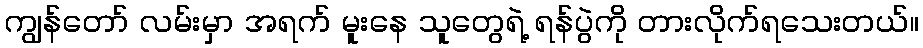
ကျွန်တော် လမ်းမှာ အရက် မူးနေ သူတွေရဲ့ ရန်ပွဲကို တားလိုက်ရသေးတယ်။